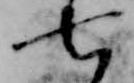
七